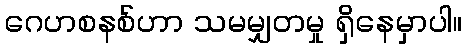
ဂေဟစနစ်ဟာ သမမျှတမှု ရှိနေမှာပါ။